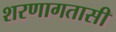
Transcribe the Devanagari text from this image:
शरणागतासी